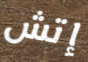
إتش